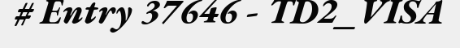
# Entry 37646 - TD2_VISA